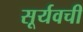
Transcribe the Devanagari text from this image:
सूर्यवची